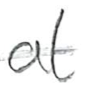
Text: at
Cross-out: single-line
Writing tool: pencil